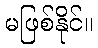
မဖြစ်နိုင်။